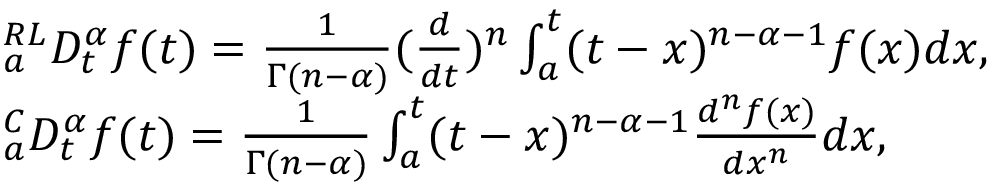
\begin{array} { r l } & { _ { a } ^ { R L } D _ { t } ^ { \alpha } f ( t ) = \frac { 1 } { \Gamma ( n - \alpha ) } ( \frac { d } { d t } ) ^ { n } \int _ { a } ^ { t } ( t - x ) ^ { n - \alpha - 1 } f ( x ) d x , } \\ & { _ { a } ^ { C } D _ { t } ^ { \alpha } f ( t ) = \frac { 1 } { \Gamma ( n - \alpha ) } \int _ { a } ^ { t } ( t - x ) ^ { n - \alpha - 1 } \frac { d ^ { n } f ( x ) } { d x ^ { n } } d x , } \end{array}